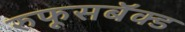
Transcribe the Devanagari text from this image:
रुफूसबॅक्ड